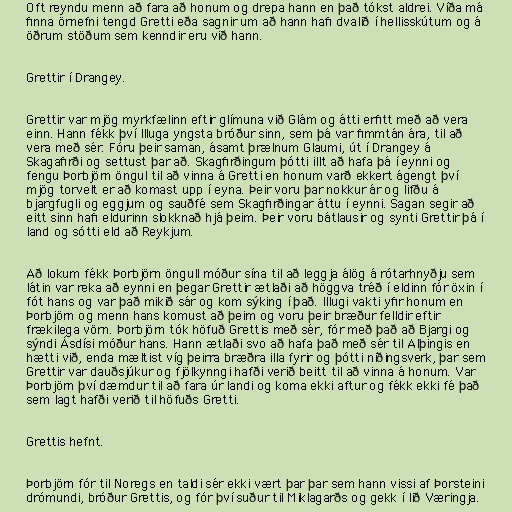
Oft reyndu menn að fara að honum og drepa hann en það tókst aldrei. Víða má
finna örnefni tengd Gretti eða sagnir um að hann hafi dvalið í hellisskútum og á
öðrum stöðum sem kenndir eru við hann.

Grettir í Drangey.

Grettir var mjög myrkfælinn eftir glímuna við Glám og átti erfitt með að vera
einn. Hann fékk því Illuga yngsta bróður sinn, sem þá var fimmtán ára, til að
vera með sér. Fóru þeir saman, ásamt þrælnum Glaumi, út í Drangey á
Skagafirði og settust þar að. Skagfirðingum þótti illt að hafa þá í eynni og
fengu Þorbjörn öngul til að vinna á Gretti en honum varð ekkert ágengt því
mjög torvelt er að komast upp í eyna. Þeir voru þar nokkur ár og lifðu á
bjargfugli og eggjum og sauðfé sem Skagfirðingar áttu í eynni. Sagan segir að
eitt sinn hafi eldurinn slokknað hjá þeim. Þeir voru bátlausir og synti Grettir þá í
land og sótti eld að Reykjum.

Að lokum fékk Þorbjörn öngull móður sína til að leggja álög á rótarhnyðju sem
látin var reka að eynni en þegar Grettir ætlaði að höggva tréð í eldinn fór öxin í
fót hans og var það mikið sár og kom sýking í það. Illugi vakti yfir honum en
Þorbjörn og menn hans komust að þeim og voru þeir bræður felldir eftir
frækilega vörn. Þorbjörn tók höfuð Grettis með sér, fór með það að Bjargi og
sýndi Ásdísi móður hans. Hann ætlaði svo að hafa það með sér til Alþingis en
hætti við, enda mæltist víg þeirra bræðra illa fyrir og þótti níðingsverk, þar sem
Grettir var dauðsjúkur og fjölkynngi hafði verið beitt til að vinna á honum. Var
Þorbjörn því dæmdur til að fara úr landi og koma ekki aftur og fékk ekki fé það
sem lagt hafði verið til höfuðs Gretti.

Grettis hefnt.

Þorbjörn fór til Noregs en taldi sér ekki vært þar þar sem hann vissi af Þorsteini
drómundi, bróður Grettis, og fór því suður til Miklagarðs og gekk í lið Væringja.